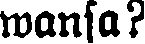
wansa?